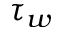
\tau _ { w }